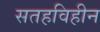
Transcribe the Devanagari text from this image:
सतहविहीन